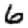
Digit: 6